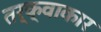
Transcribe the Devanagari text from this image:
तर्क्वाकार